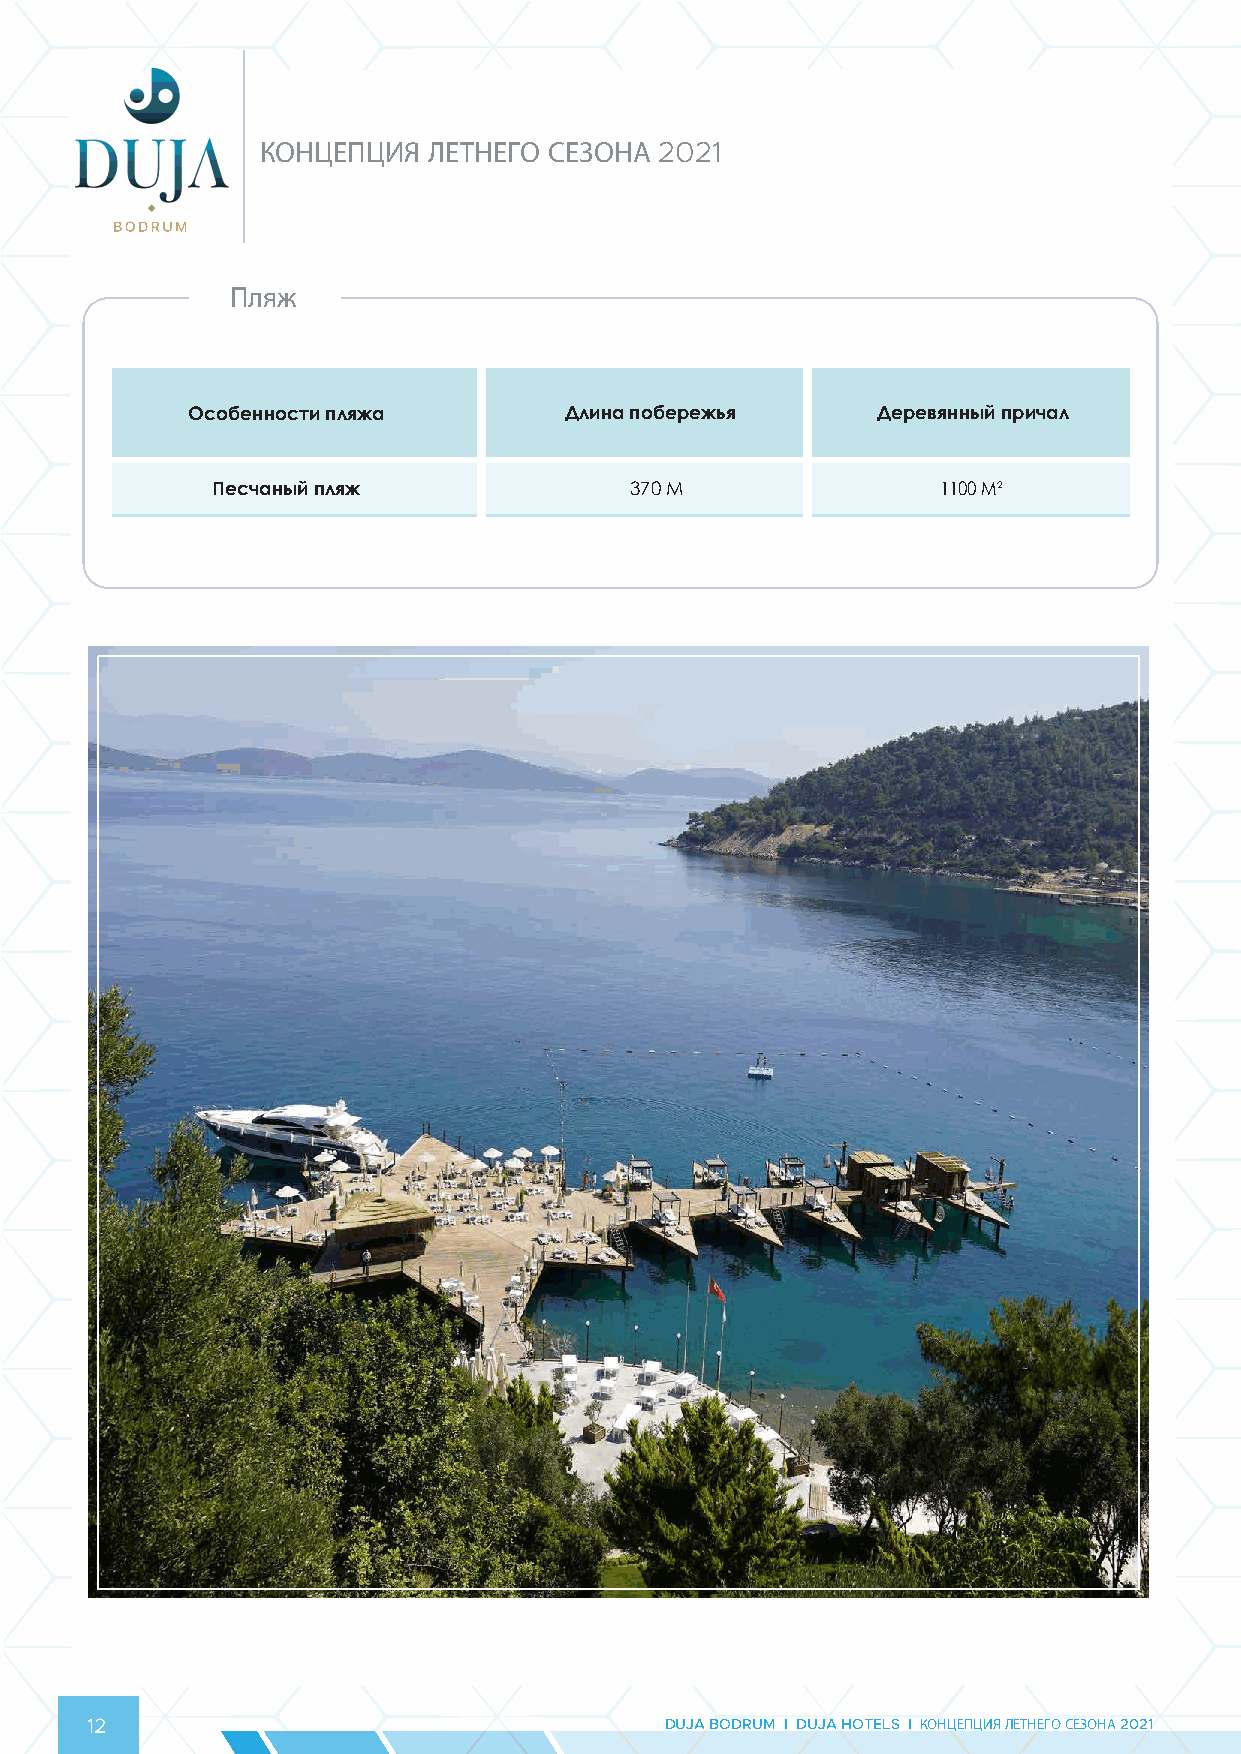
КОНЦЕПЦИЯ  ЛЕТНЕГО СЕЗОНА  2021
 Пляж
 Особенности пляжа        Длина побережья      Деревянный причал
 Песчаный пляж               370 M               1100 M²
 12                                    DUJA BODRUM I DUJA HOTELS I КОНЦЕПЦИЯ ЛЕТНЕГО СЕЗОНА 2021